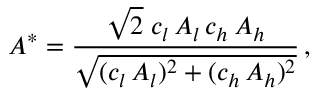
A ^ { * } = \frac { \sqrt { 2 } \; c _ { l } \, A _ { l } \, c _ { h } \, A _ { h } } { \sqrt { ( c _ { l } \, A _ { l } ) ^ { 2 } + ( c _ { h } \, A _ { h } ) ^ { 2 } } } \, ,